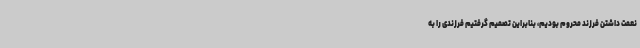
نعمت داشتن فرزند محروم بودیم، بنابراین تصمیم گرفتیم فرزندی را به